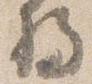
将